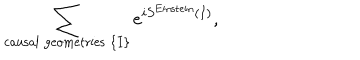
\sum _ { \mathrm { c a u s a l \; g e o m e t r i e s } \; \{ I \} } e ^ { i S ^ { \mathrm { E i n s t e i n } } ( I ) } ,